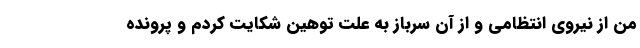
من از نیروی انتظامی و از آن سرباز به علت توهین شکایت کردم و پرونده